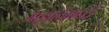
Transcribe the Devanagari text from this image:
गझलेमध्ये